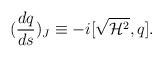
LaTeX: \begin{align*}(\frac{dq}{ds })_J \equiv -i[ \sqrt{{\cal H}^2},q ]. \end{align*}